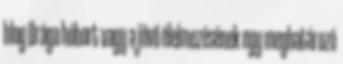
blog Drága hóbort vagy a jövő élelmezésének egy meghatározó